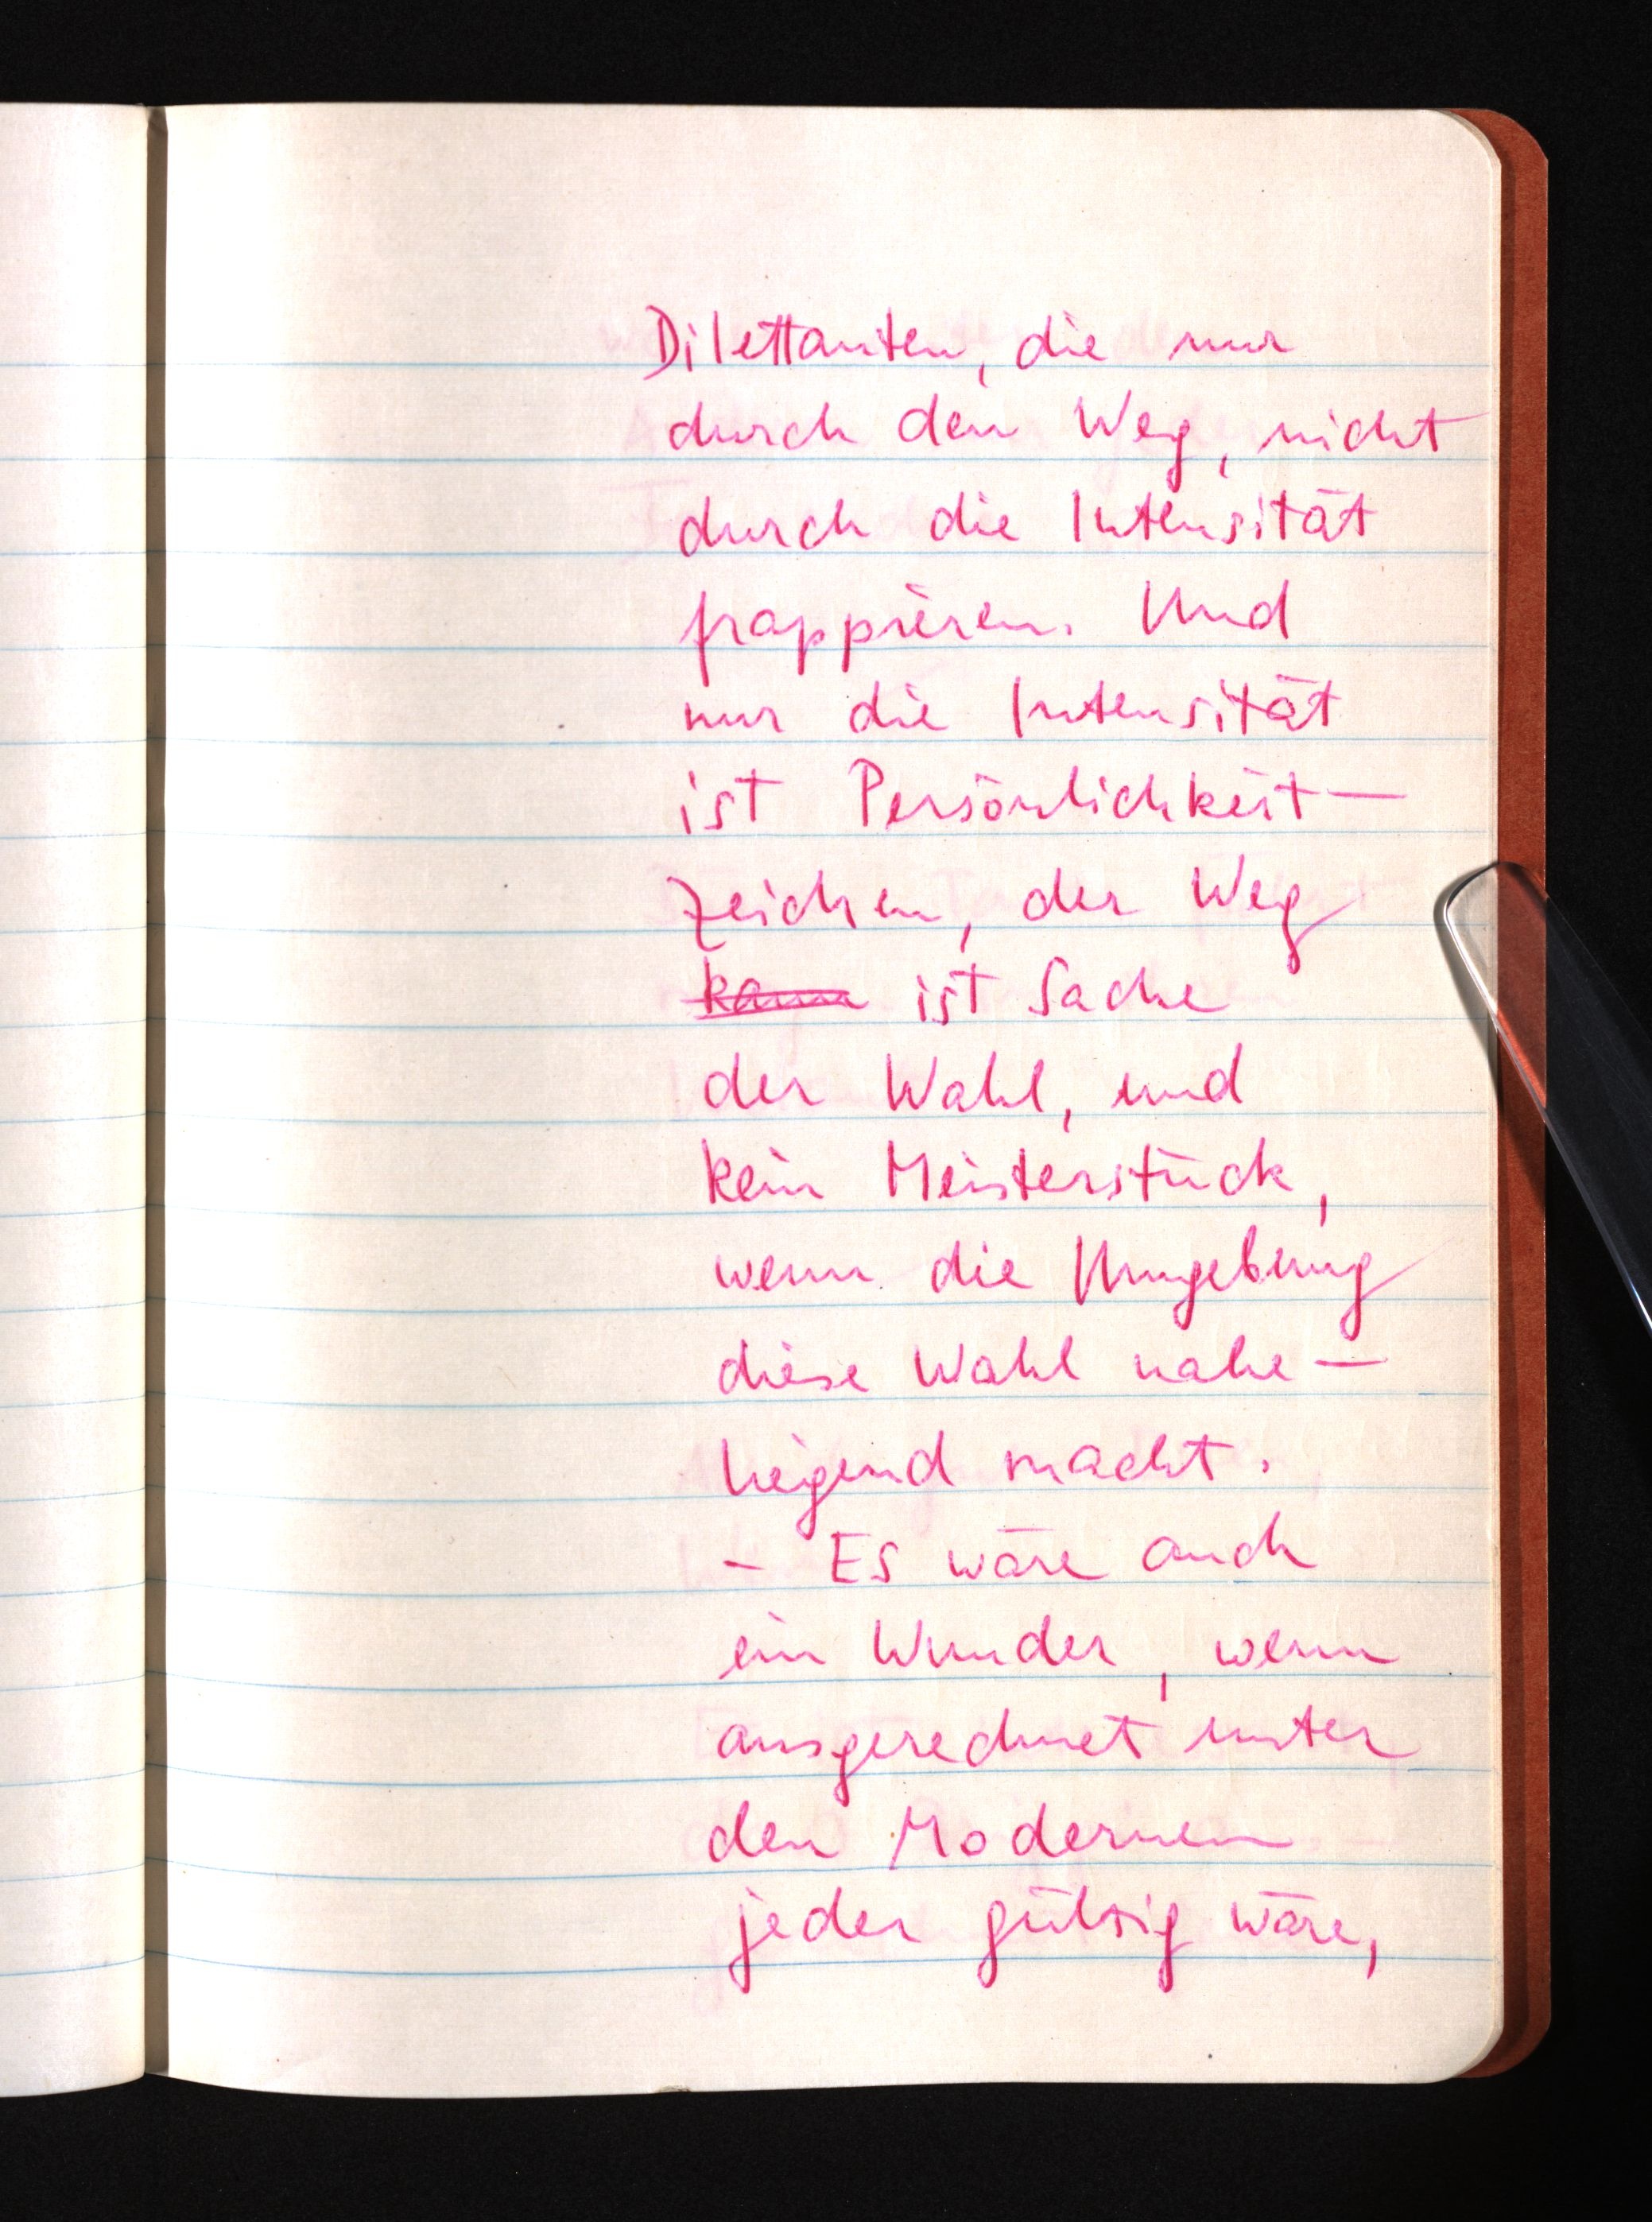
Dilettanten, die nur
durch den Weg, nicht
durch die Intensität
frappieren. Und
nur die Intensität
ist Persönlichkeit¬
Zeichen, der Weg
kann ist Sache
der Wahl, und
kein Meisterstück,
wenn die Umgebung
diese Wahl nahe¬
liegend macht.
- Es wäre auch
ein Wunder, wenn
ausgerechnet unter
den Modernen
jeder gültig wäre,